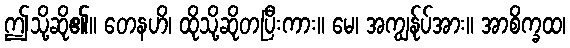
ဤသို့ဆို၏။ တေနဟိ၊ ထိုသို့ဆိုတပြီးကား။ မေ၊ အကျွန်ုပ်အား။ အာစိက္ခထ၊